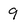
Character: 9